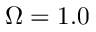
\Omega = 1 . 0